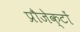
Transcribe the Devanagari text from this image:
प्रौजेक्टों